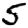
Digit: 5